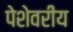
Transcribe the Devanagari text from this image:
पेशेवरीय